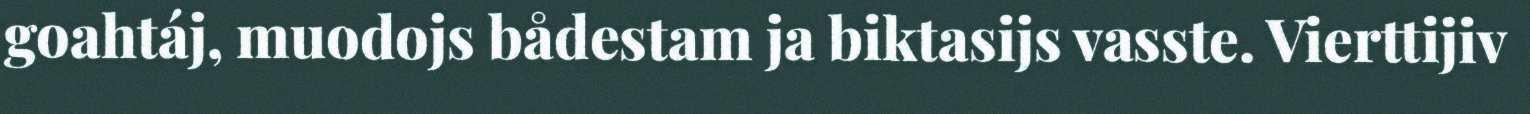
goahtáj, muodojs bådestam ja biktasijs vasste. Vierttijiv